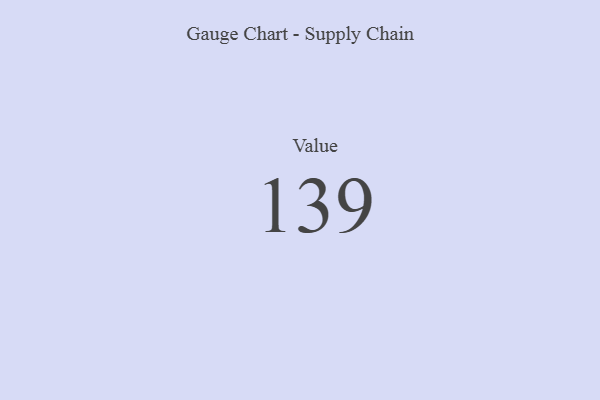
{"axis": {"x": "Metric", "y": "Value"}, "legend": [""], "data": [{"x": "Value", "y": 139, "type": ""}]}